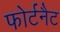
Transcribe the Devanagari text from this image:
फोर्टनैट